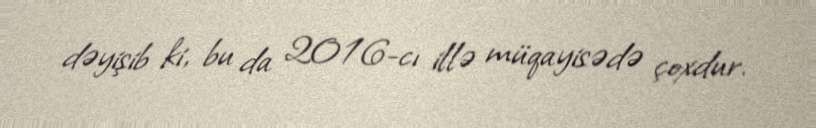
dəyişib ki, bu da 2016-cı illə müqayisədə çoxdur.